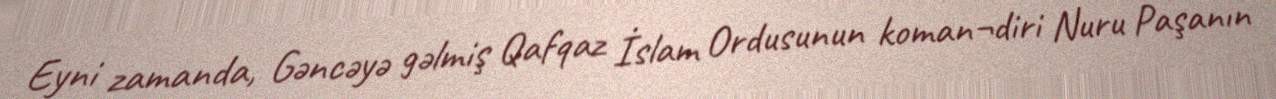
Eyni zamanda, Gəncəyə gəlmiş Qafqaz İslam Ordusunun koman¬diri Nuru Paşanın